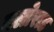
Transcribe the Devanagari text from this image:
क्लोराड